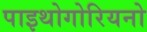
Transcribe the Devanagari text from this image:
पाइथोगोरियनो